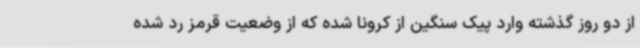
از دو روز گذشته وارد پیک سنگین از کرونا شده که از وضعیت قرمز رد شده